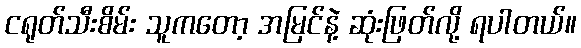
ငရုတ်သီးစိမ်း သူကတော့ အမြင်နဲ့ ဆုံးဖြတ်လို့ ရပါတယ်။